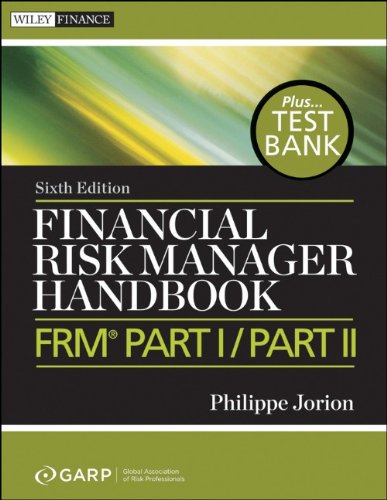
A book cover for Financial Risk Manager Handbook, + Test Bank: FRM Part I / Part II; Philippe Jorion; Business & Money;